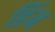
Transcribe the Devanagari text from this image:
हिंम